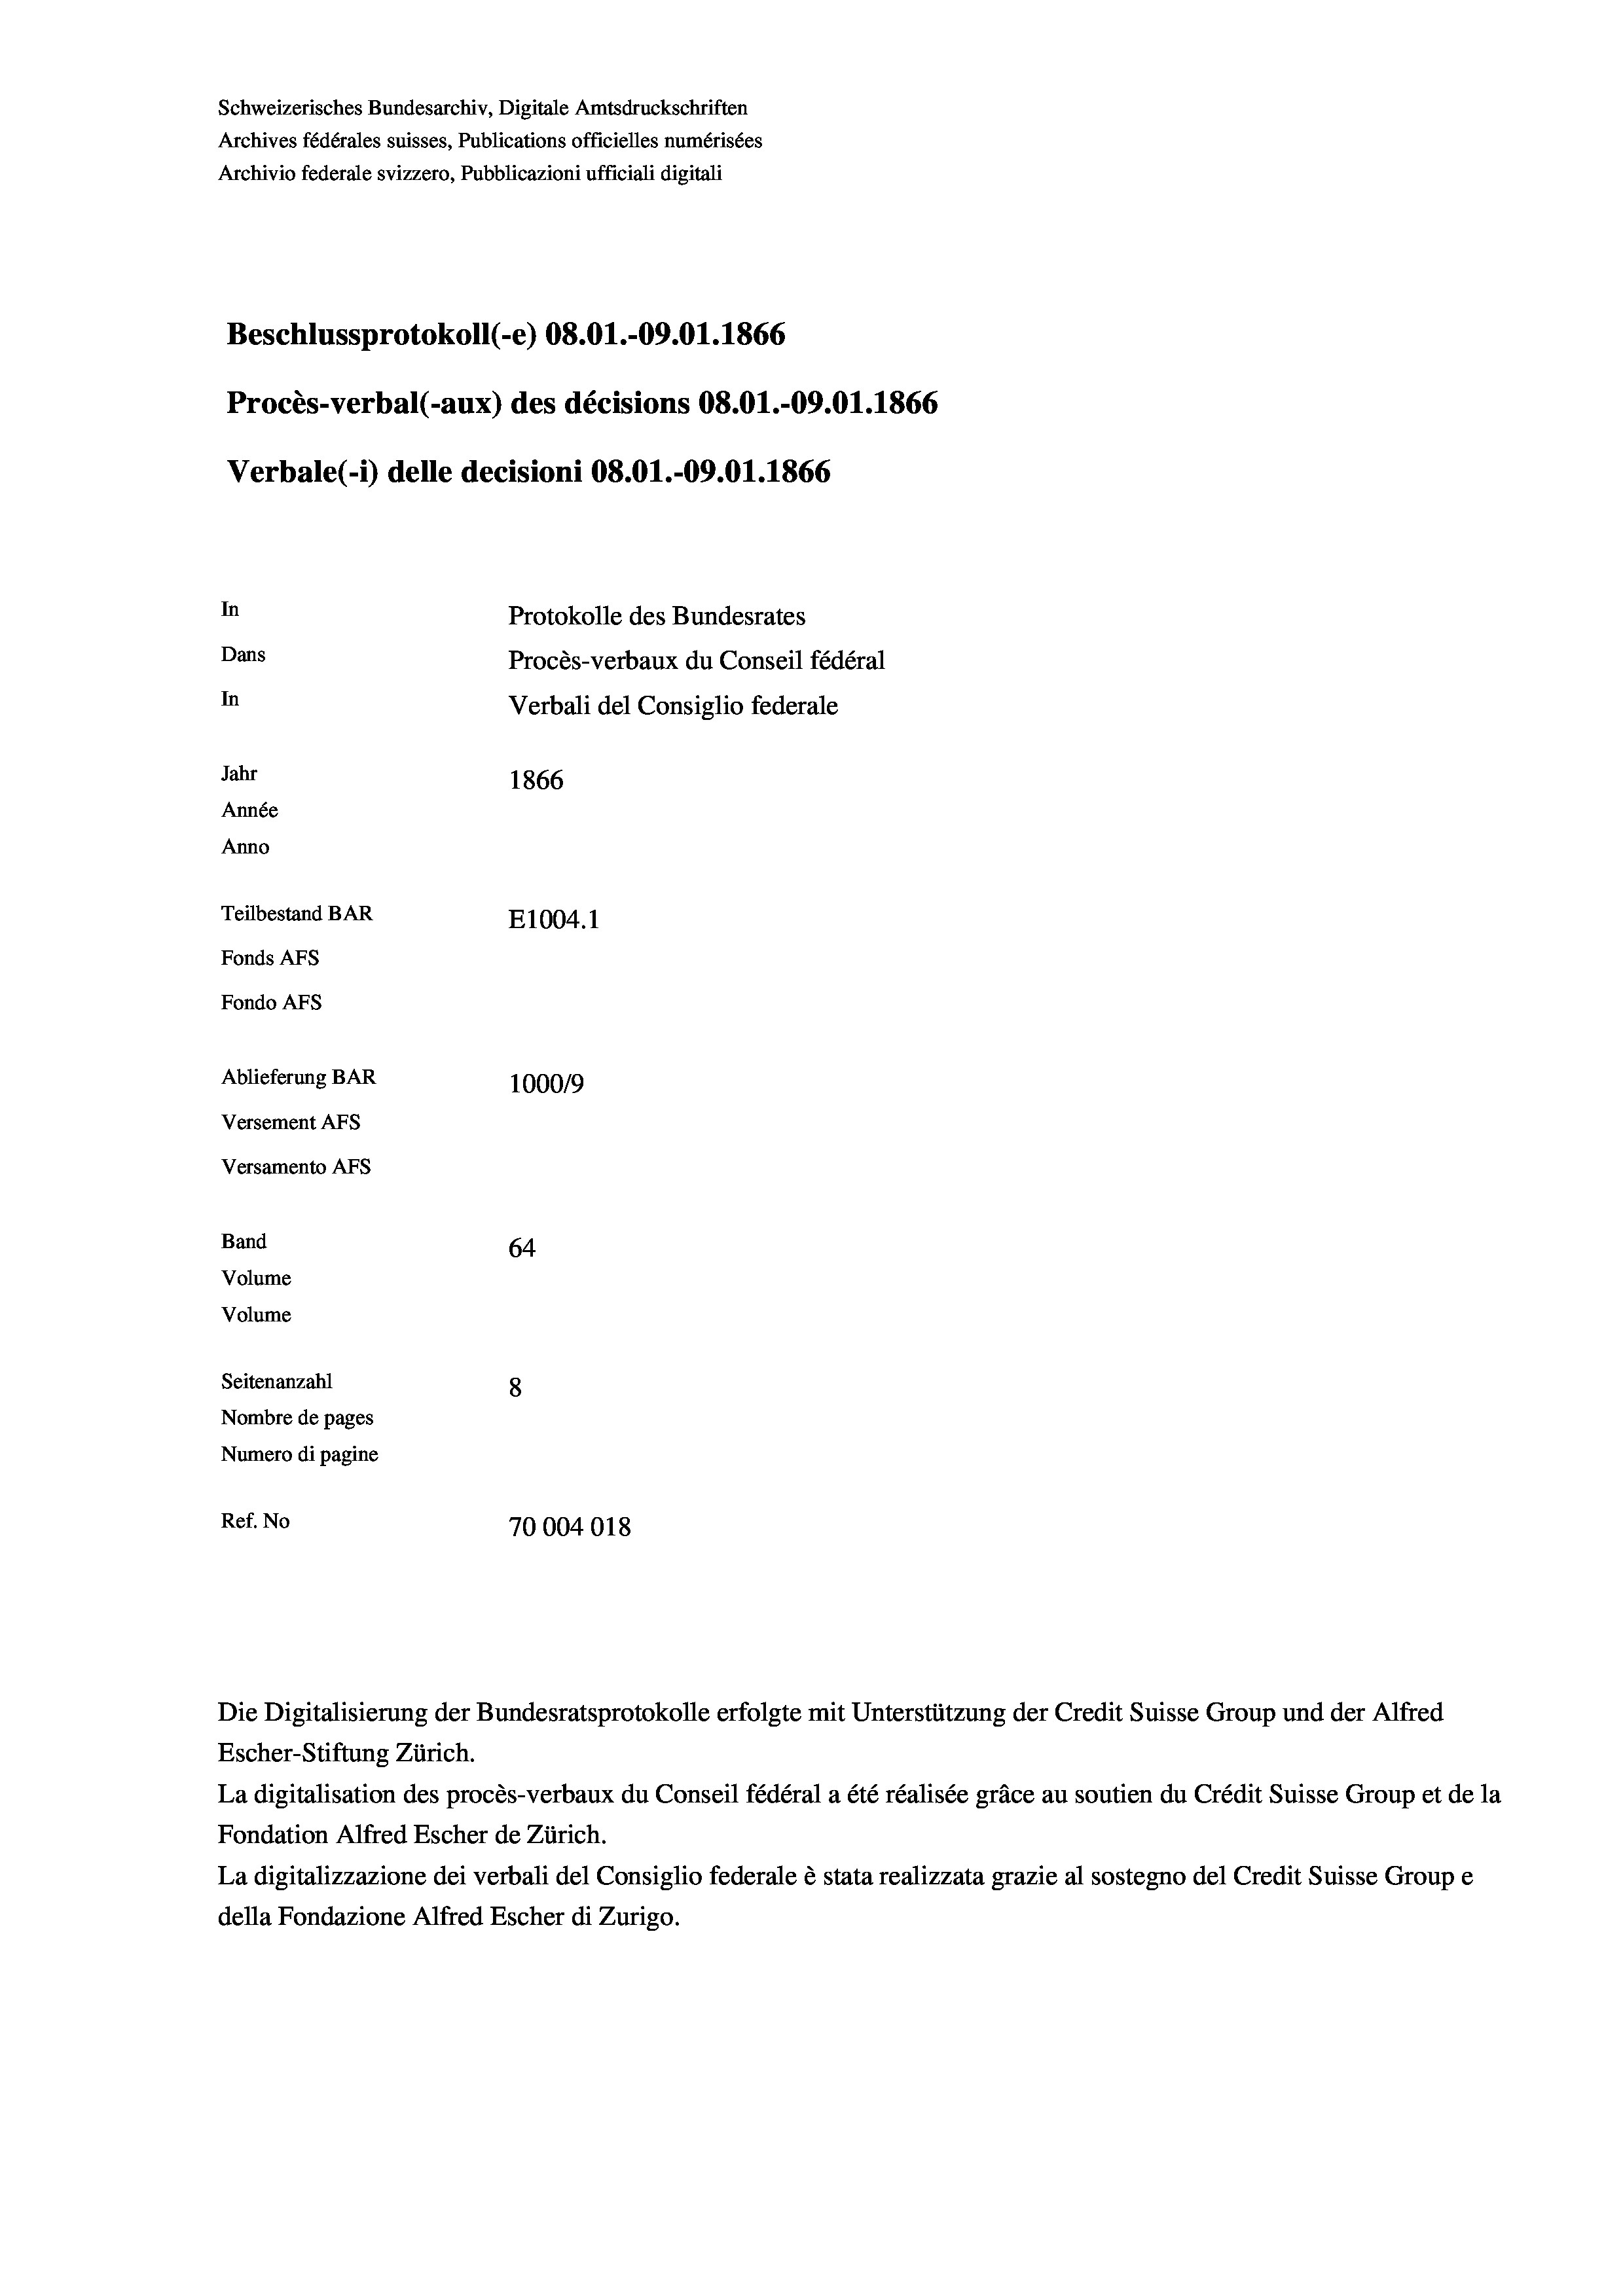
Schweizerisches Bundesarchiv, Digitale Amtsdruckschriften
Archives fédérales suisses, Publications officielles numérisées
Archivio federale svizzero, Pubblicazioni ufficiali digitali
Beschlussprotokoll (-e) 08.01.-09.01. 1866
Procès-verbal (-aux) des décisions 08.01.-09.01.1866
Verbale (- 1) delle decisioni 08.01.-09.01. 1866
In
Protokolle des Bundesrates
Dans
Procès-verbaux du Conseil fédéral
In
Verbali del Consiglio federale
Jahr
1866
Année
Anno
Teilbestand BAR
E1004. 1
Fonds AFs
Fondo Afs
Ablieferung BAR
100019
Versement AFs
Versamento Afs
Band
64
Volume

Volume
Seitenanzahl
8
Nombre de pages
Numero di pagine
Ref. No
70004018

Escher-Stiftung Zürich.
La digitalisation des procès-verbaux du Conseil fédéral a été réalisée gräce au soutien du Crédit Suisse Group et de la
Fondation Alfred Escher de Zürich.
La digitalizzazione dei verbali del Consiglio federale è stata realizzata grazie al sostegno del Credit Suisse Groupe
della Fondazione Alfred Escher di Zurigo.

Die Digitalisierung der Bundesratsprotokolle erfolgte mit Unterstützung der Credit Suisse Group und der Alfred